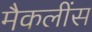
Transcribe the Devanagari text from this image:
मैकलींस